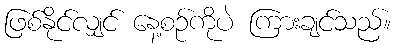
ဖြစ်နိုင်လျှင် နေ့စဉ်ကိုပဲ ကြားချင်သည်။